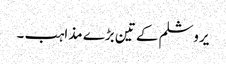
یروشلم کے تین بڑے مذاہب ۔